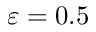
\varepsilon = 0 . 5